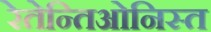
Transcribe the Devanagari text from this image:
रेतेन्तिओनिस्त